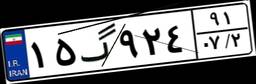
۱۵گ۹۲۴۹۱